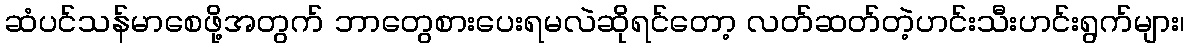
ဆံပင်သန်မာစေဖို့အတွက် ဘာတွေစားပေးရမလဲဆိုရင်တော့ လတ်ဆတ်တဲ့ဟင်းသီးဟင်းရွက်များ၊